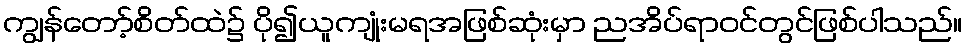
ကျွန်တော့်စိတ်ထဲ၌ ပို၍ယူကျုံးမရအဖြစ်ဆုံးမှာ ညအိပ်ရာဝင်တွင်ဖြစ်ပါသည်။